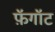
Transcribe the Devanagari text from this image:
फ़ॅगॉट